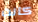
كانت